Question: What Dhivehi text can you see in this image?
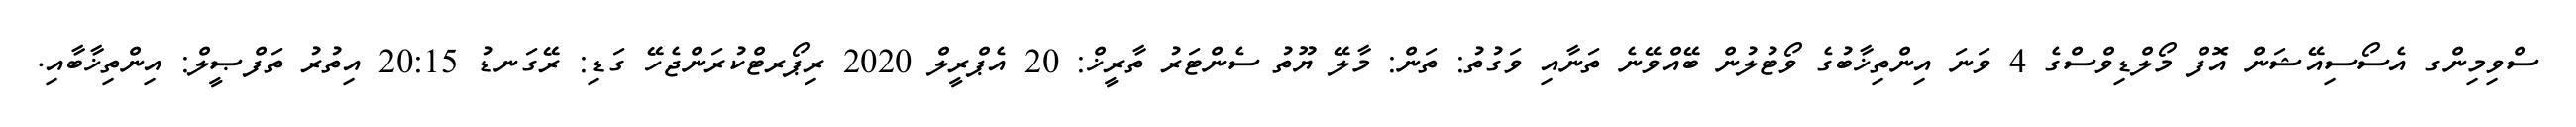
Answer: ސްވިމިންގ އެސޯސިއޭޝަން އޮފް މޯލްޑިވްސްގެ 4 ވަނަ އިންތިޚާބުގެ ވޯޓުލުން ބޭއްވޭނެ ތަނާއި ވަގުތު: ތަން: މާލޭ ޔޫތު ސެންޓަރު ތާރީޚް: 20 އެޕްރީލް 2020 ރިޕޯރޓްކުރަންޖެހޭ ގަޑި: ރޭގަނޑު 20:15 އިތުރު ތަފްޞީލް: އިންތިޚާބާއި.